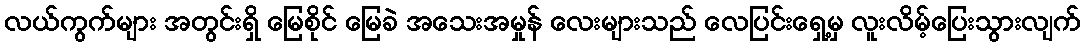
လယ်ကွက်များ အတွင်းရှိ မြေစိုင် မြေခဲ အသေးအမှုန် လေးများသည် လေပြင်းရှေ့မှ လူးလိမ့်ပြေးသွားလျက်